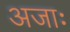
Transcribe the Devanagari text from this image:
अजाः